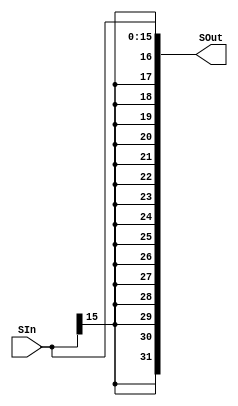
`timescale 1ns / 1ps
/*
    Sign Extended module:
    Purely Combinational
    1 input 16 bits >>> 1 output 32 bits
*/
module SE (input [15:0] SIn,
           output [31:0] SOut);

// Combinational Logic:
assign SOut = $signed(SIn);

endmodule